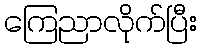
ကြေညာလိုက်ပြီး